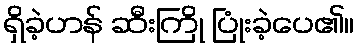
ရှိခဲ့ဟန် ဆီးကြို ပြုံးခဲ့ပေ၏။